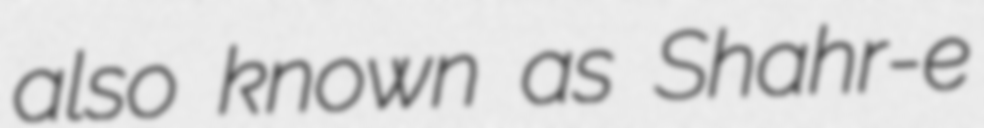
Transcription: also known as Shahr-e